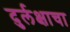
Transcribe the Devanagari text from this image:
दुर्लक्षाचा